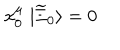
LaTeX: x _ { 0 } ^ { \mu } \; | \widetilde { \Xi } _ { 0 } \rangle = 0 \,